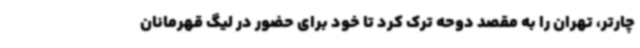
چارتر، تهران را به مقصد دوحه ترک کرد تا خود برای حضور در لیگ قهرمانان